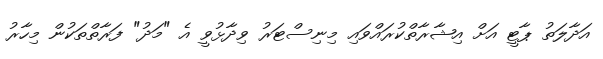
އަދާލަތު ޕާޓީ އަށް އިޝާރާތްކުރައްވައި މިނިސްޓަރު ވިދާޅުވީ އެ "މަދު" ފަރާތްތަކުން މިހާރު